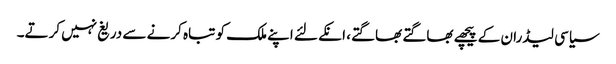
سیاسی لیڈران کے پیچھے بھاگتے بھاگتے، انکے لئے اپنے ملک کو تباہ کرنے سے دریغ نہیں کرتے۔